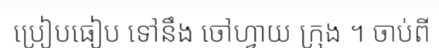
ប្រៀបធៀប ទៅនឹង ចៅហ្វាយ ក្រុង ។ ចាប់ពី